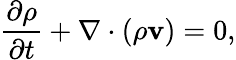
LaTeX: \frac{\partial\rho}{\partial t}+\nabla\cdot\left(\rho\mathbf{v}\right)=0,